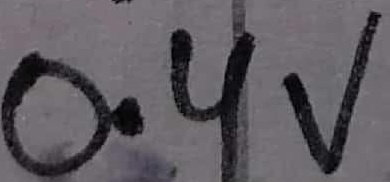
Text: 0.4V